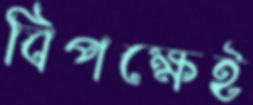
বিপক্ষেই